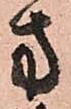
方